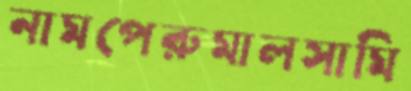
নামপেরুমালসামি